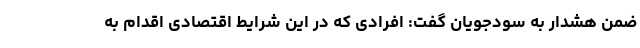
ضمن هشدار به سودجویان گفت: افرادی که در این شرایط اقتصادی اقدام به